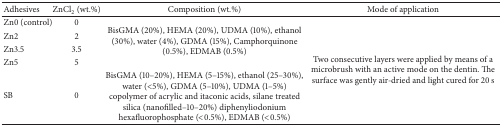
| Adhesives | ZnCl2 (wt.%) | Composition (wt.%) | Mode of application |
 | --- | --- | --- | --- |
 | Zn0 (control) | 0 | <ROWSPAN=4> BisGMA (20%), HEMA (20%), UDMA (10%), ethanol (30%), water (4%), GDMA (15%), Camphorquinone (0.5%), EDMAB (0.5%) | <ROWSPAN=5> Two consecutive layers were applied by means of a microbrush with an active mode on the dentin. The surface was gently air-dried and light cured for 20 s |
 | Zn2 | 2 |
 | Zn3.5 | 3.5 |
 | Zn5 | 5 |
 | SB | 0 | BisGMA (10–20%), HEMA (5–15%), ethanol (25–30%), water (<5%), GDMA (5–10%), UDMA (1–5%) copolymer of acrylic and itaconic acids, silane treated silica (nanofilled–10–20%) diphenyliodonium hexafluorophosphate (<0.5%), EDMAB (<0.5%) |